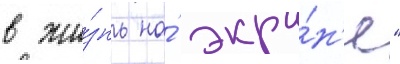
в жи́знь на́ экра́н'е"